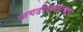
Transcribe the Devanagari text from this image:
जगदीश्‍वराच्या